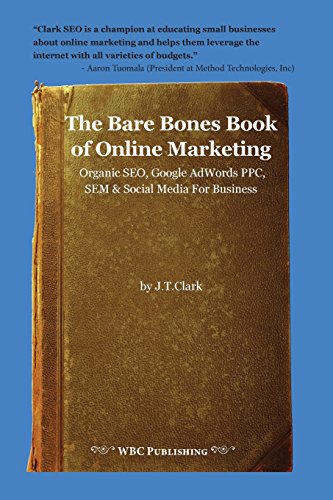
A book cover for The Bare Bones Book of Online Marketing: Organic Seo, Google Adwords Ppc, Sem & Social Media for Business; Joshua Thomas Clark; Computers & Technology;